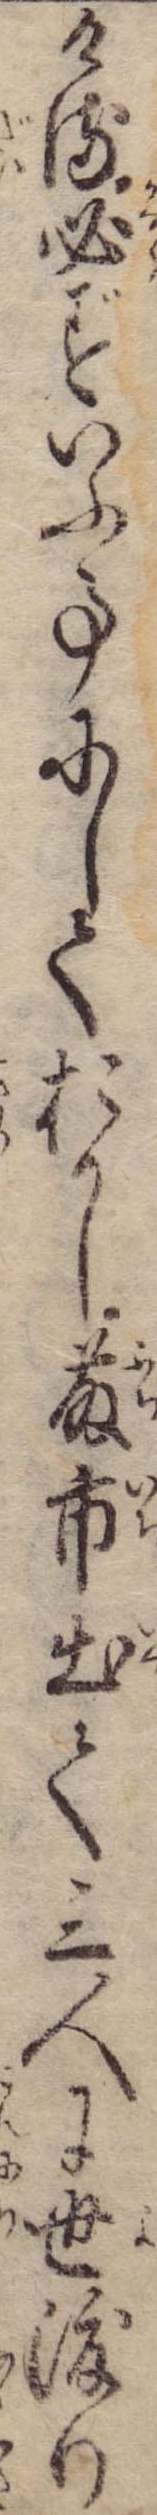
ける必ずいふ事にしておかし藤市出て三人に世渡り